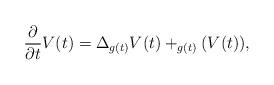
LaTeX: \begin{align*} \frac{\partial}{\partial t} V(t) = \Delta_{g(t)} V(t) + _{g(t)}(V(t)), \end{align*}